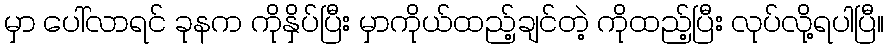
မှာ ပေါ်လာရင် ခုနက ကိုနှိပ်ပြီး မှာကိုယ်ထည့်ချင်တဲ့ ကိုထည့်ပြီး လုပ်လို့ရပါပြီ။